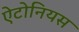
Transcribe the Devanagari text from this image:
ऐटोनियस